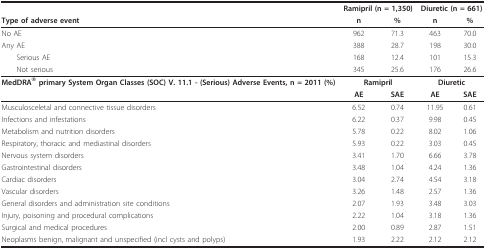
<table><thead><tr><td></td><td colspan="2"><b>Ramipril (n = 1,350)</b></td><td colspan="2"><b>Diuretic (n = 661)</b></td></tr><tr><td><b>Type of adverse event</b></td><td><b>n</b></td><td><b>%</b></td><td><b>n</b></td><td><b>%</b></td></tr></thead><tbody><tr><td>No AE</td><td>962</td><td>71.3</td><td>463</td><td>70.0</td></tr><tr><td>Any AE</td><td>388</td><td>28.7</td><td>198</td><td>30.0</td></tr><tr><td> Serious AE</td><td>168</td><td>12.4</td><td>101</td><td>15.3</td></tr><tr><td> Not serious</td><td>345</td><td>25.6</td><td>176</td><td>26.6</td></tr><tr><td><b>MedDRA<sup>® </sup>primary System Organ Classes (SOC) V. 11.1 - (Serious) Adverse Events, n = 2011 (%)</b></td><td colspan="2"><b>Ramipril</b></td><td colspan="2"><b>Diuretic</b></td></tr><tr><td></td><td><b>AE</b></td><td><b>SAE</b></td><td><b>AE</b></td><td><b>SAE</b></td></tr><tr><td>Musculosceletal and connective tissue disorders</td><td>6.52</td><td>0.74</td><td>11.95</td><td>0.61</td></tr><tr><td>Infections and infestations</td><td>6.22</td><td>0.37</td><td>9.98</td><td>0.45</td></tr><tr><td>Metabolism and nutrition disorders</td><td>5.78</td><td>0.22</td><td>8.02</td><td>1.06</td></tr><tr><td>Respiratory, thoracic and mediastinal disorders</td><td>5.93</td><td>0.22</td><td>3.03</td><td>0.45</td></tr><tr><td>Nervous system disorders</td><td>3.41</td><td>1.70</td><td>6.66</td><td>3.78</td></tr><tr><td>Gastrointestinal disorders</td><td>3.48</td><td>1.04</td><td>4.24</td><td>1.36</td></tr><tr><td>Cardiac disorders</td><td>3.04</td><td>2.74</td><td>4.54</td><td>3.18</td></tr><tr><td>Vascular disorders</td><td>3.26</td><td>1.48</td><td>2.57</td><td>1.36</td></tr><tr><td>General disorders and administration site conditions</td><td>2.07</td><td>1.93</td><td>3.48</td><td>3.03</td></tr><tr><td>Injury, poisoning and procedural complications</td><td>2.22</td><td>1.04</td><td>3.18</td><td>1.36</td></tr><tr><td>Surgical and medical procedures</td><td>2.00</td><td>0.89</td><td>2.87</td><td>1.51</td></tr><tr><td>Neoplasms benign, malignant and unspecified (incl cysts and polyps)</td><td>1.93</td><td>2.22</td><td>2.12</td><td>2.12</td></tr></tbody></table>